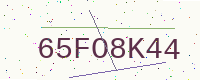
Text: 65FO8K44